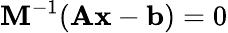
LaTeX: \mathbf{M}^{-1}(\mathbf{Ax}-\mathbf{b})=0